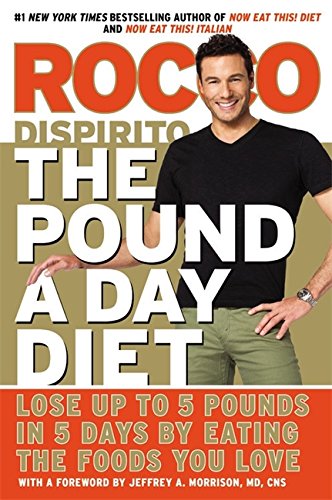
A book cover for The Pound a Day Diet: Lose Up to 5 Pounds in 5 Days by Eating the Foods You Love; Rocco DiSpirito; Cookbooks, Food & Wine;